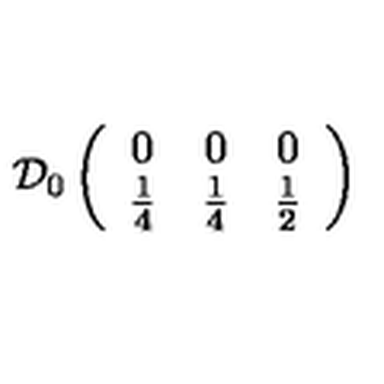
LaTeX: \mathcal { D } _ { 0 } \left( \begin{array} { c c c } { 0 } & { 0 } & { 0 } \\ { \frac { 1 } { 4 } } & { \frac { 1 } { 4 } } & { \frac { 1 } { 2 } } \\ \end{array} \right)